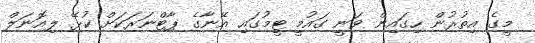
މީގެ އިތުރުން ހިގައިން ވަނީ ގައުމީ ޓީމުގައި އޭނާގެ ޕާޓްނަރަކަށް ކުޅޭ ލިއޮނަލް